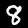
Label: 8